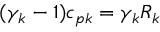
( \gamma _ { k } - 1 ) c _ { p k } = \gamma _ { k } R _ { k }